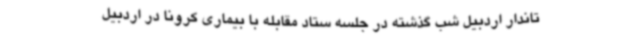
تاندار اردبیل شب گذشته در جلسه ستاد مقابله با بیماری کرونا در اردبیل